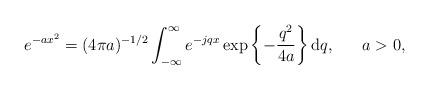
LaTeX: \begin{align*}e^{-a x^2}=(4\pi a)^{-1/2}\int_{-\infty}^{\infty}e^{-jqx}\exp\left\{-\frac{q^2}{4a}\right\}\mbox{d}q,~~~~~a> 0,\end{align*}